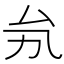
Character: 𠫜